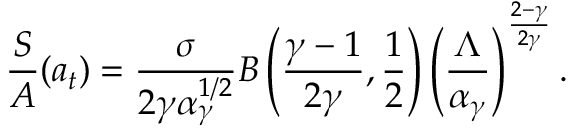
\frac { S } { A } ( a _ { t } ) = \frac { \sigma } { 2 \gamma \alpha _ { \gamma } ^ { 1 / 2 } } B \left( \frac { \gamma - 1 } { 2 \gamma } , \frac { 1 } { 2 } \right) \left( \frac { \Lambda } { \alpha _ { \gamma } } \right) ^ { \frac { 2 - \gamma } { 2 \gamma } } .